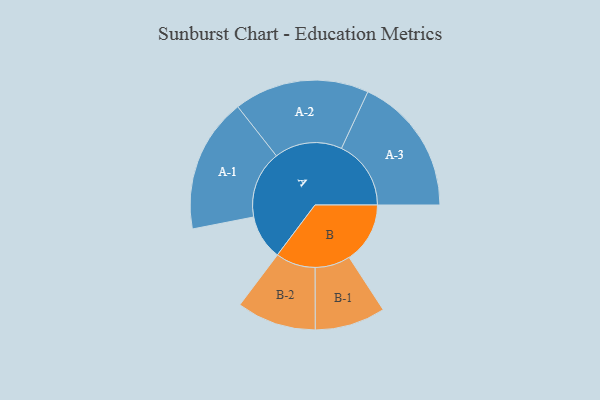
{"axis": {"x": "Segment", "y": "Value"}, "legend": ["", "A", "B"], "data": [{"x": "A", "y": 140, "type": ""}, {"x": "B", "y": 190, "type": ""}, {"x": "A-1", "y": 210, "type": "A"}, {"x": "A-2", "y": 211, "type": "A"}, {"x": "A-3", "y": 217, "type": "A"}, {"x": "B-1", "y": 110, "type": "B"}, {"x": "B-2", "y": 124, "type": "B"}]}